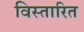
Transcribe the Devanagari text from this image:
विस्तारित